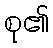
စု၏